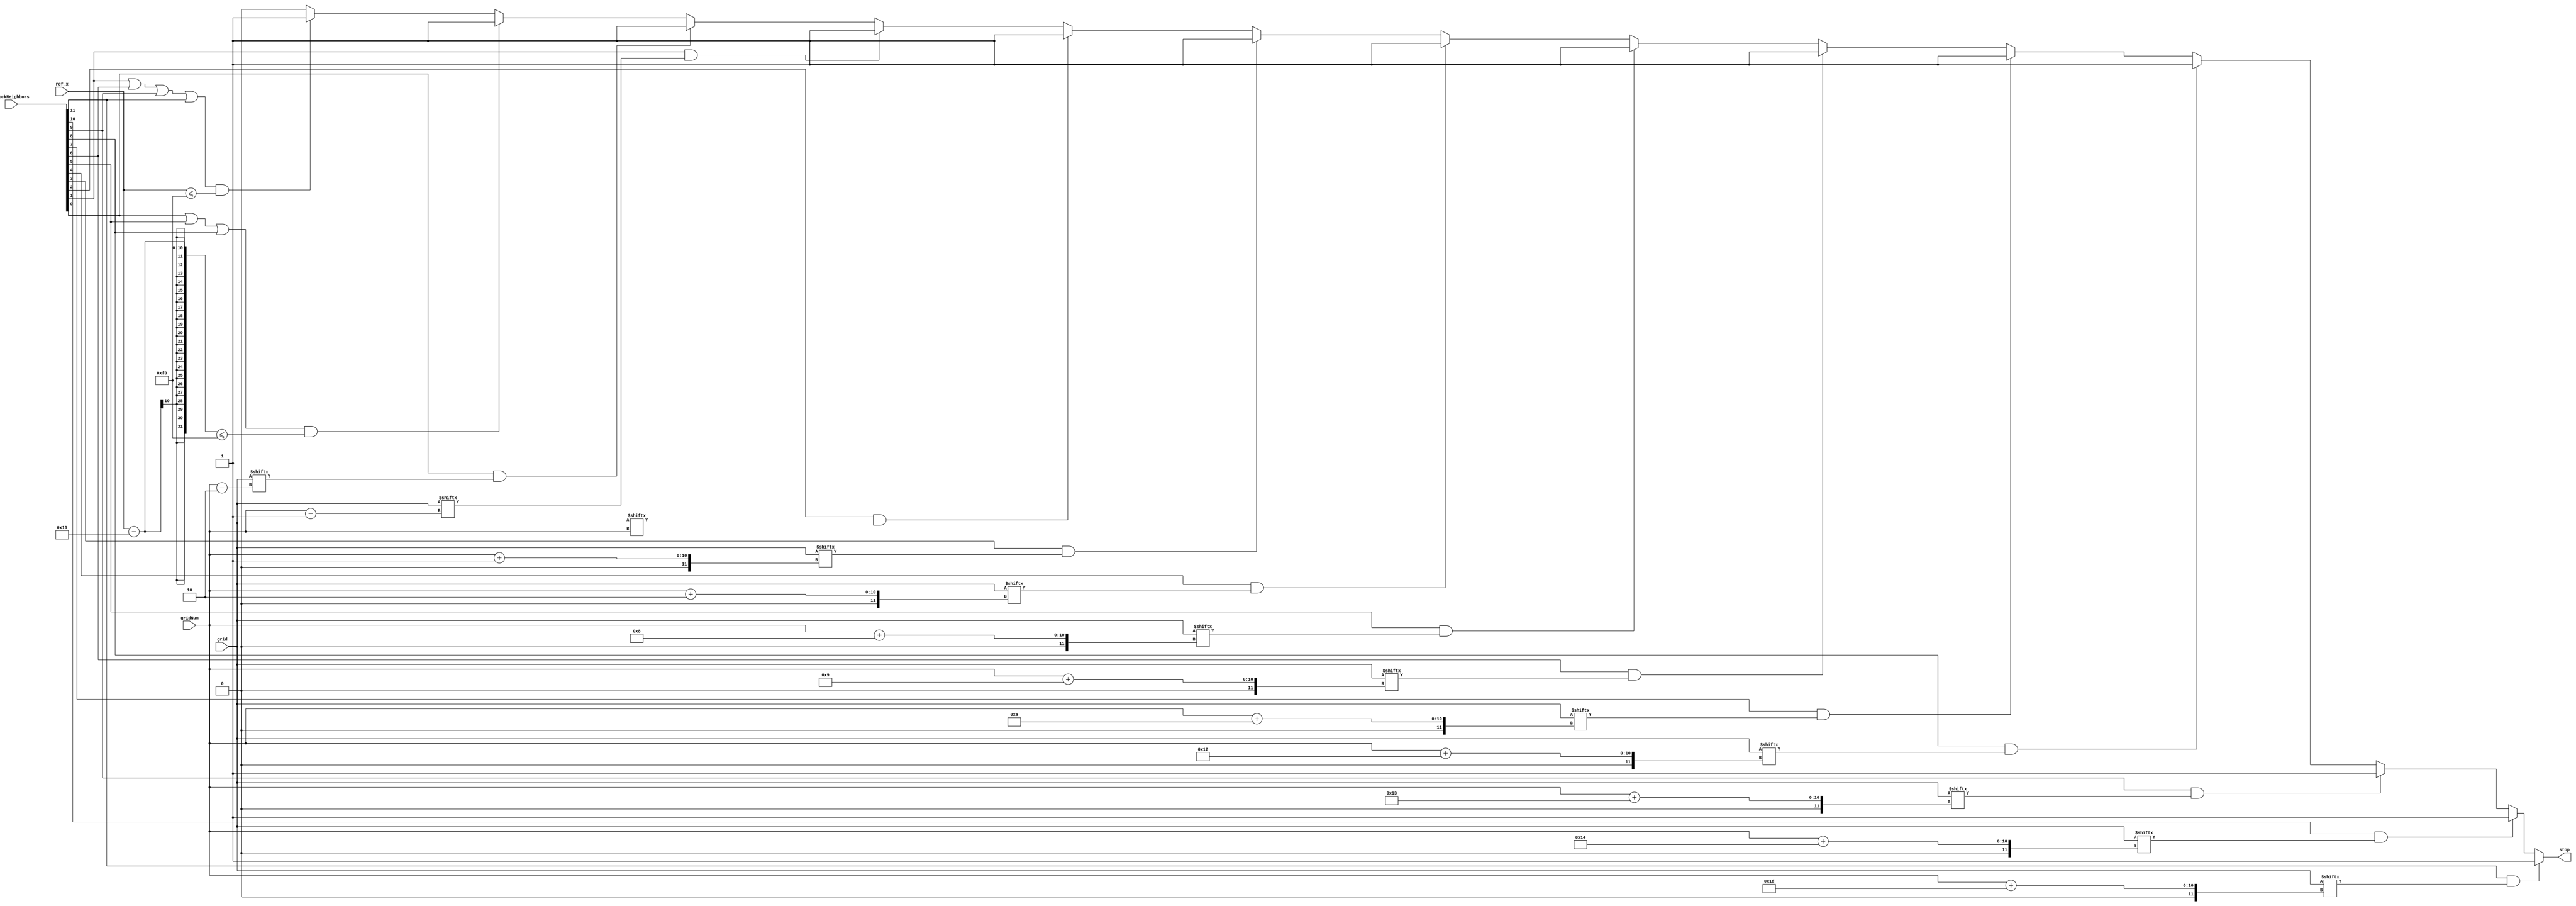
module stop_left (
    input  [11:0]  blockNeighbors,
    input  [9:0]   ref_x,
    input  [9:0]   gridNum,
    input  [299:0] grid,
    output reg stop
    );

    parameter size = 16;

    always@(*) begin
        if     (blockNeighbors[11] && grid[gridNum+29]) stop = 1;
        else if(blockNeighbors[10] && grid[gridNum+20]) stop = 1;
        else if(blockNeighbors[9]  && grid[gridNum+19]) stop = 1;
        else if(blockNeighbors[8]  && grid[gridNum+18]) stop = 1;
        else if(blockNeighbors[7]  && grid[gridNum+10]) stop = 1;
        else if(blockNeighbors[6]  && grid[gridNum+9] ) stop = 1;
        else if(blockNeighbors[5]  && grid[gridNum+8] ) stop = 1;
        else if(blockNeighbors[4]  && grid[gridNum+2] ) stop = 1;
        else if(blockNeighbors[3]  && grid[gridNum+1] ) stop = 1;
        else if(blockNeighbors[2]  && grid[gridNum]   ) stop = 1;
        else if(blockNeighbors[1]  && grid[gridNum-1] ) stop = 1;
        else if(blockNeighbors[0]  && grid[gridNum-2] ) stop = 1;

        else if( (blockNeighbors[0] || blockNeighbors[5] || blockNeighbors[8]) &&
            ref_x - size <= 240 ) stop = 1;
        else if( (blockNeighbors[1] || blockNeighbors[6] || blockNeighbors[9] || 
            blockNeighbors[11]) && ref_x <= 240 ) stop = 1;
        else stop = 0;
    end

endmodule